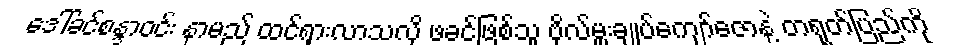
ဒေါ်ခင်စန္ဒာဝင်း နာမည် ထင်ရှားလာသလို ဖခင်ဖြစ်သူ ဗိုလ်မှူးချုပ်ကျော်ဇောနဲ့ တရုတ်ပြည်ကို